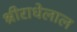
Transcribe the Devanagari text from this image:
श्रीराधेलाल